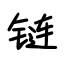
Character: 链